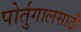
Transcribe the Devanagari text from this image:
पोर्तुगालसाठी